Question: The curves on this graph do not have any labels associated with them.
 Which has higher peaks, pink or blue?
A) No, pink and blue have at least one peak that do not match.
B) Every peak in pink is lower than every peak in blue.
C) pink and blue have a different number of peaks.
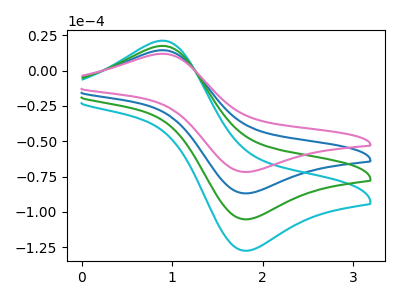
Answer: <think>The blue curve "blue" has an anodic peak at (0.90V, 14.45uA) and a cathodic peak at (1.85V, -86.90uA). The cyan curve "cyan" has an anodic peak at (0.90V, 43.35uA) and a cathodic peak at (1.85V, -260.70uA). The green curve "green" has an anodic peak at (0.90V, 28.90uA) and a cathodic peak at (1.85V, -173.80uA). The pink curve "pink" has an anodic peak at (0.90V, 11.90uA) and a cathodic peak at (1.85V, -71.75uA).</think>
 <answer>B) Every peak in "pink" is lower than every peak in "blue".</answer>
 <eval>B</eval>